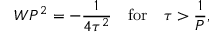
W P ^ { 2 } = - { \frac { 1 } { 4 \tau ^ { 2 } } } \quad \mathrm { f o r } \quad \tau > { \frac { 1 } { P } } , \nonumber